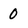
Character: 0